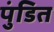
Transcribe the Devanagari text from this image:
पुंडित